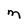
Character: m